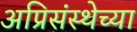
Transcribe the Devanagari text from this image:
अप्रिसंस्थेच्या